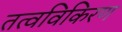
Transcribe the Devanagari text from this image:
तत्वविकिरण